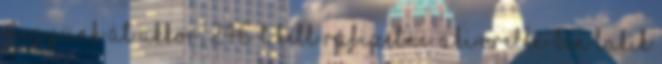
megyünk át akkor, 24€-t kell ráfizetni. Aki Orelle-ben lakik